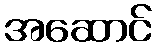
အဆောင်